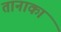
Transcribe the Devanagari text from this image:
तानाका